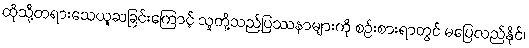
ထိုသို့တရားသေယူဆခြင်းကြောင့် သူတို့သည်ပြဿနာများကို စဉ်းစားရာတွင် မပြေလည်နိုင်၊